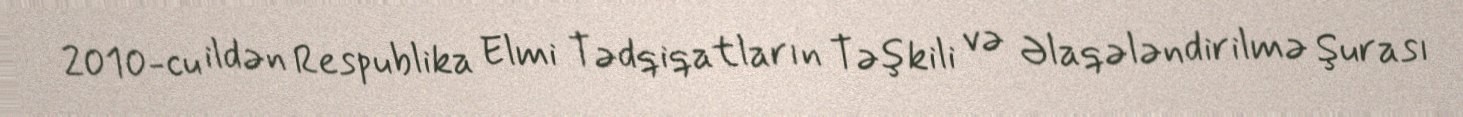
2010-cu ildən Respublika Elmi Tədqiqatların Təşkili və Əlaqələndirilmə Şurası